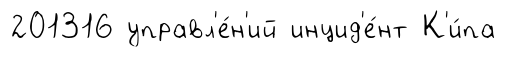
201316 управл'е́н'ий инцид'е́нт К'и́па